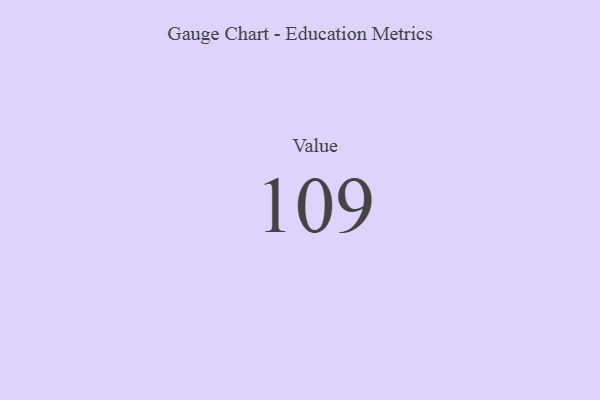
{"axis": {"x": "Metric", "y": "Value"}, "legend": [""], "data": [{"x": "Value", "y": 109, "type": ""}]}